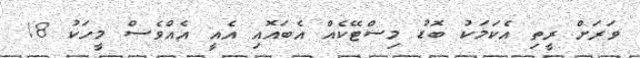
ވަރަށް ރީތި އެކަމަކު ބޮޑު މިސްޓޭކެއް އެބައޮއި އެއީ އެއްވެސް މީހަކު 18